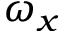
\omega _ { x }